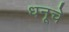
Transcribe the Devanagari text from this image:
धनूचे